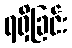
ရရှိခြင်း